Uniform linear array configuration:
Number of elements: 16
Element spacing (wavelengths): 1
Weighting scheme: binomial
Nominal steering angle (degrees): -30
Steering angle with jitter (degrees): -29.963
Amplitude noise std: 0.05
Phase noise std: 0.05

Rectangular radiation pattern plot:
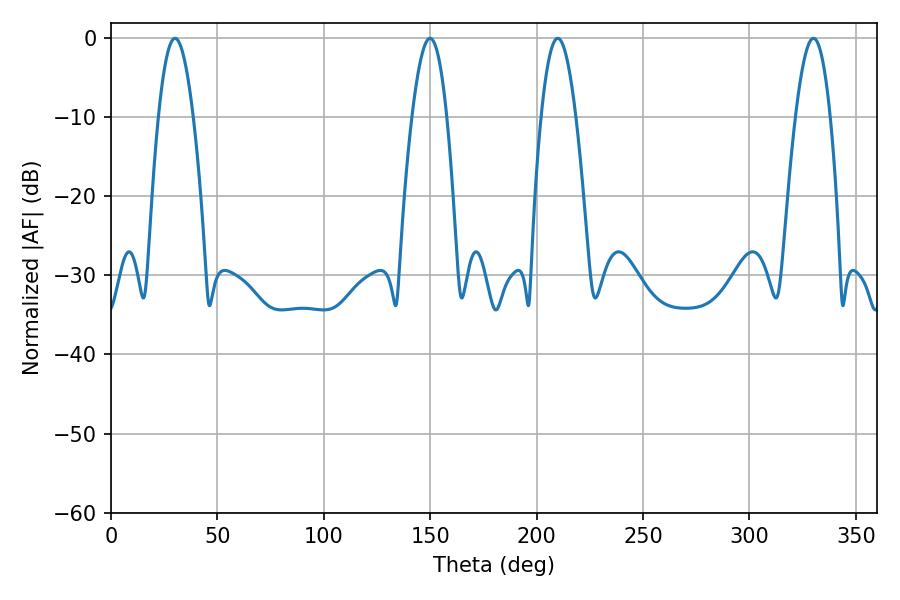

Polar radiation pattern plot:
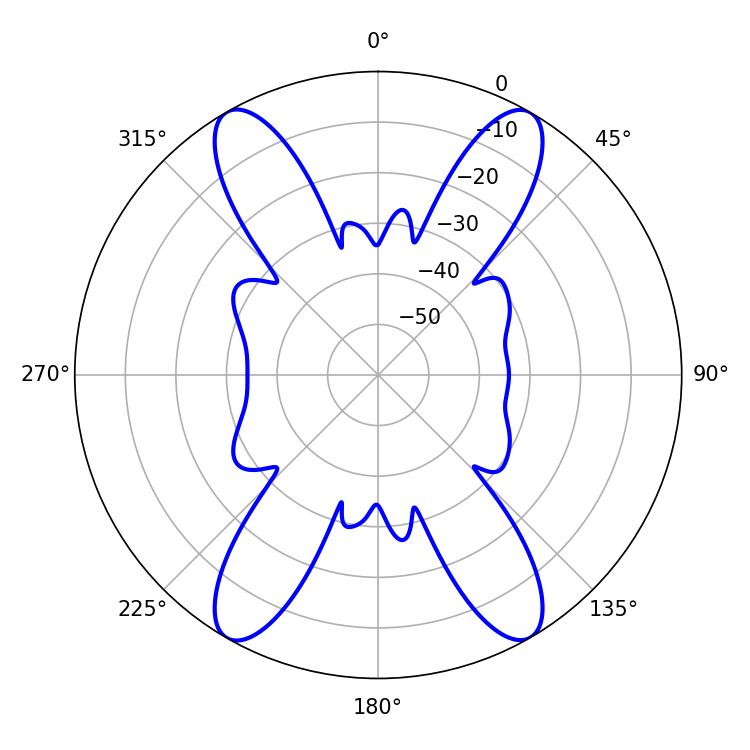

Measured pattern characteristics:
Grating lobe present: TRUE
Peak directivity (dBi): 34.152
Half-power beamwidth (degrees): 8.82
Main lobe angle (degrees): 30.06